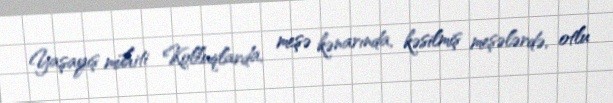
Yaşayış mühiti Kolluqlarda, meşə kənarında, kəsilmiş meşələrdə, otlu